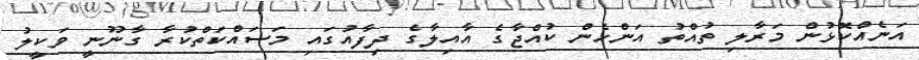
އަނެއްކޮޅުން މަރާލި ތުއްތު އަންހެން ކުއްޖާގެ އާއިލާގެ ދިފާއުގައި މަސައްކަތްކުރާ ގާނޫނީ ވަކީލު